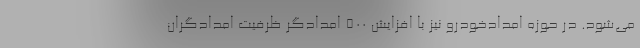
می‌شود. در حوزه امدادخودرو نیز با افزایش ۵۰۰ امدادگر ظرفیت امدادگران